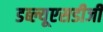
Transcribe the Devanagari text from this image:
डब्ल्यूएसडीजी